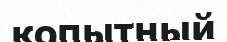
копытный